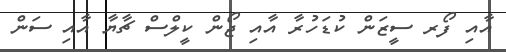
އާއި ފޯރ ސީޒަން ކުޑަހުރާ އާއި ޖޯން ކީލްސް ޗާޔާ އާއި ސަން